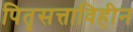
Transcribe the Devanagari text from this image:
पितृसत्ताविहीन